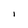
Character: l